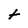
Character: t